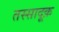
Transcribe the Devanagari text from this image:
तस्सादूक़